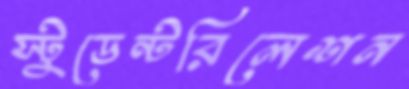
স্টুডেন্টরিলেশন